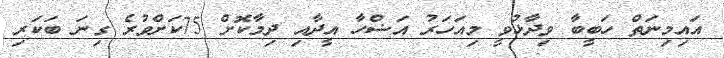
އައިމިނަތް ހަބީބާ ވިދާޅުވީ މިއަހަރު އަޟްހާ އީދާއި ދިމާކޮށް 75ކަށްވުރެ ގިނަ ބަކަރި